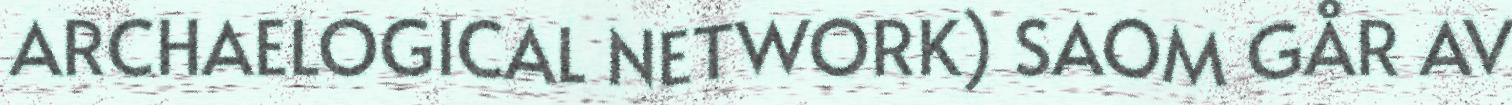
ARCHAELOGICAL NETWORK) SAOM GÅR AV